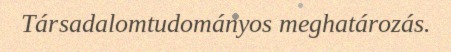
Társadalomtudományos meghatározás.